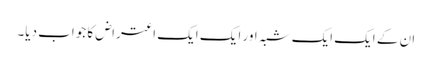
ان کے ایک ایک شبہ اور ایک ایک اعتراض کا جواب دیا۔